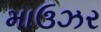
માઉઝર